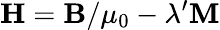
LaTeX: \mathbf{H}=\mathbf{B}/\mu_{0}-\lambda^{\prime}\mathbf{M}